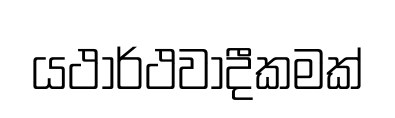
යථාර්ථවාදීකමක්